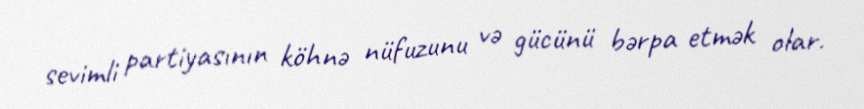
sevimli partiyasının köhnə nüfuzunu və gücünü bərpa etmək olar.